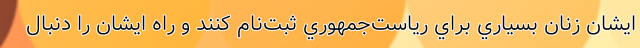
ايشان زنان بسياري براي رياست‌جمهوري ثبت‌نام کنند و راه ايشان را دنبال